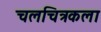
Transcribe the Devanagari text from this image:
चलचित्रकला